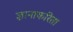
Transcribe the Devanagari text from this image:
ज्ञानाकरिता